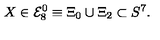
X \in { \cal E } _ { 8 } ^ { 0 } \equiv \Xi _ { 0 } \cup \Xi _ { 2 } \subset S ^ { 7 } .